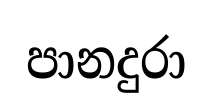
පානදුරා